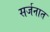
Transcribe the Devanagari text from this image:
सर्जनात